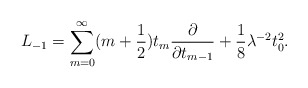
\begin{align*}L_{-1} = \sum_{m=0}^{\infty} (m+\frac{1}{2})t_{m}\frac{\partial}{\partial t_{m-1}} + \frac{1}{8}\lambda^{-2}t_{0}^{2}.\end{align*}